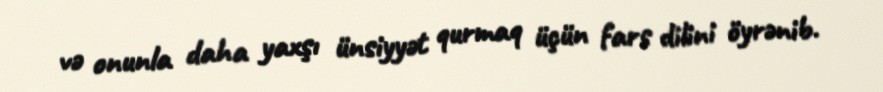
və onunla daha yaxşı ünsiyyət qurmaq üçün fars dilini öyrənib.